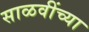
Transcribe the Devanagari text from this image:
साळवींच्या